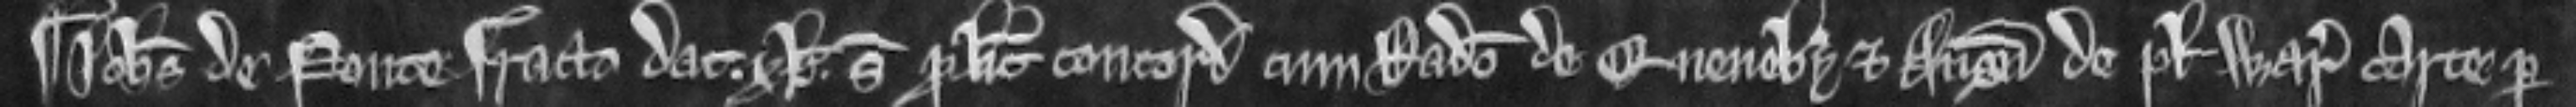
¶ Johannes de Ponte Fracto dat xl solidos pro licencia concordandi cum Radulfo de Quenby et Angreta de placito warancie carte per